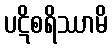
ပဋိစရိဿာမိ